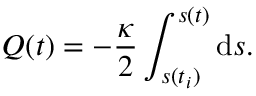
Q ( t ) = - \frac { \kappa } { 2 } \int _ { s ( t _ { i } ) } ^ { s ( t ) } \mathrm { d } s .